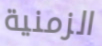
الزمنية